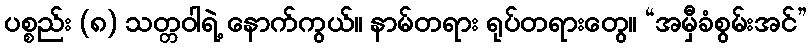
ပစ္စည်း (၈) သတ္တဝါရဲ့ နောက်ကွယ်။ နာမ်တရား ရုပ်တရားတွေ။ “အမှီခံစွမ်းအင်”